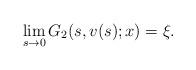
LaTeX: \begin{align*}\lim_{s\to 0}G_2(s,v(s);x)=\xi.\end{align*}